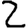
Digit: 2